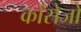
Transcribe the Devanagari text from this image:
कोंसेजो